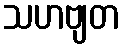
သဟဗျတ